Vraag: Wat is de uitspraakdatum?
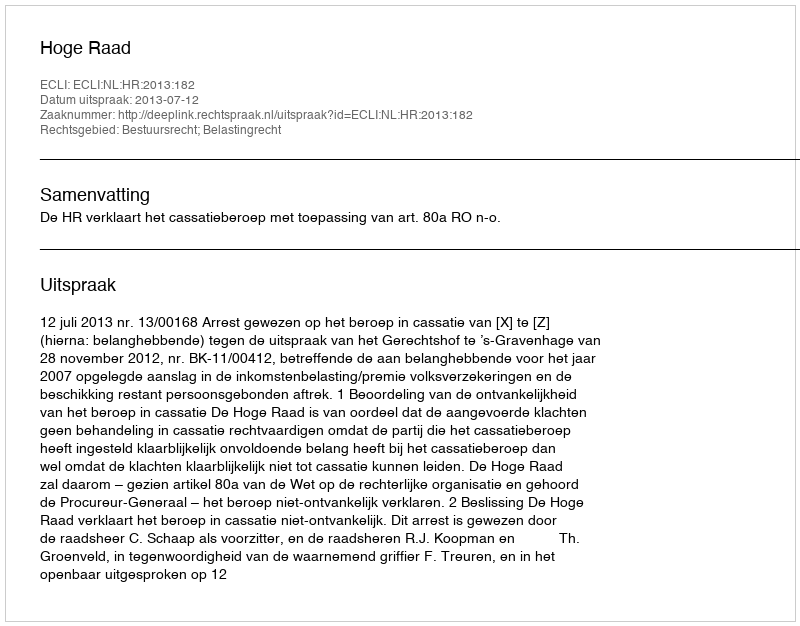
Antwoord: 2013-07-12